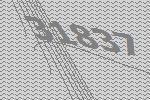
31837